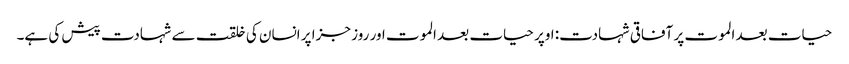
حیات بعد الموت پر آفاقی شہادت: اوپر حیات بعد الموت اور روز جزا پر انسان کی خلقت سے شہادت پیش کی ہے۔